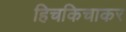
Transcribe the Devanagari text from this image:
हिचकिचाकर